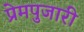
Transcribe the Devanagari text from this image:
प्रेमपुजारी